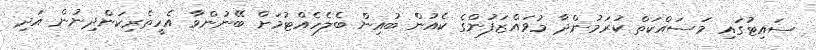
ސައިޓުގައި މަސައްކަތް ކުރަމުންދާ މުވައްޒަފުންގެ ކެއުން ބުއިން ބެލެހެއްޓުމަށް ބޭނުންވާ އެހީތެރިކަންދިނުން އަދި